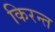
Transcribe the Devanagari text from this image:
किरन्त